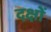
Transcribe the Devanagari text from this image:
दक्षों